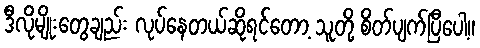
ဒီလိုမျိုးတွေချည်း လုပ်နေတယ်ဆိုရင်တော့ သူတို့ စိတ်ပျက်ပြီပေါ့။